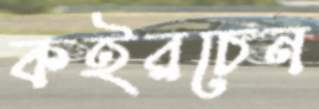
কইরচেন